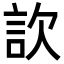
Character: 䚿